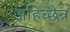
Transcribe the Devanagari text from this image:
अहिच्छेत्र